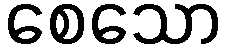
စေသော